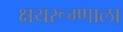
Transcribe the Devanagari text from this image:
क्षयरूग्णाला